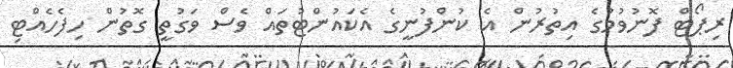
ރިޕޯޓް ފޮނުވުމުގެ އިތުރުން އެ ކުންފުނީގެ އެކައުންޓުތައް ވެސް ވަގުތީ ގޮތުން ހިފެހެއްޓި